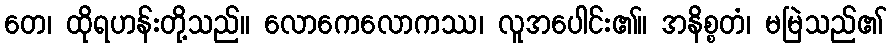
တေ၊ ထိုရဟန်းတို့သည်။ လောကေလောကဿ၊ လူအပေါင်း၏။ အနိစ္စတံ၊ မမြဲသည်၏